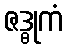
ဇဒ္ဓုကံ